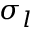
\sigma _ { l }